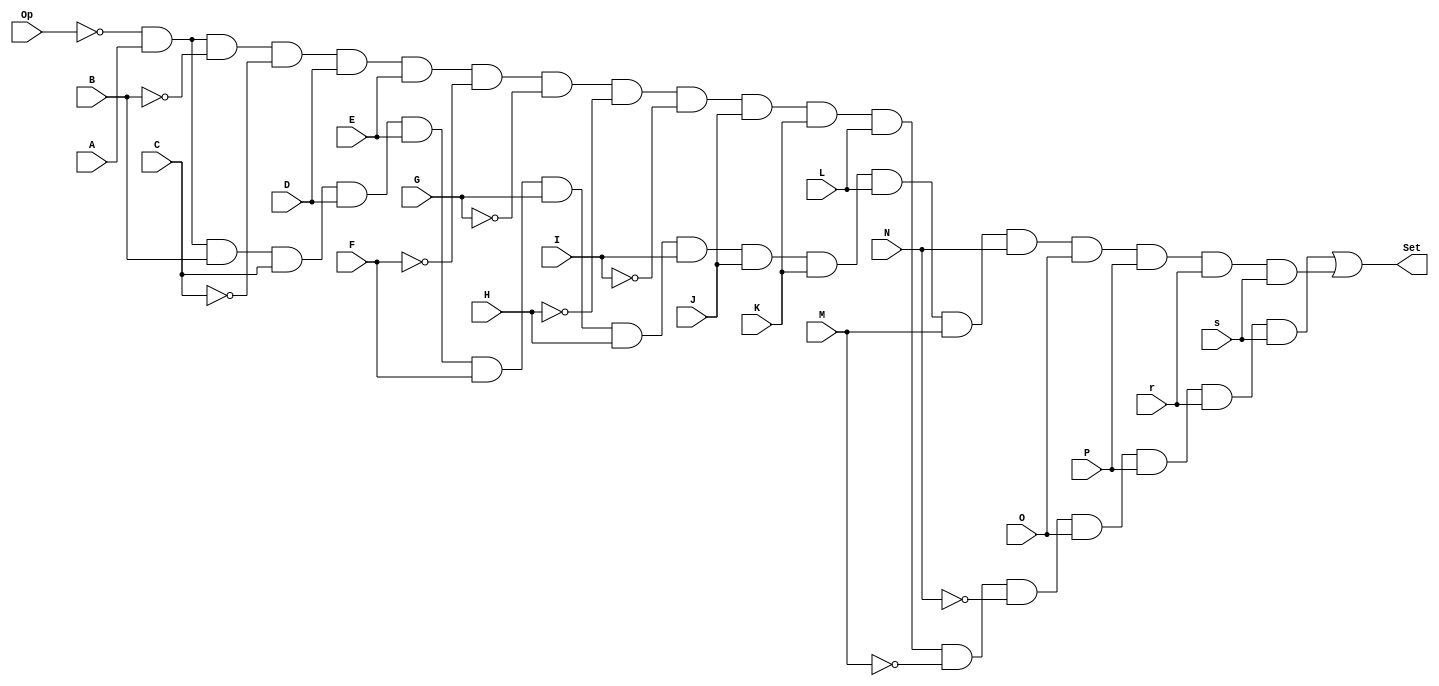
/*
 * Generated by Digital. Don't modify this file!
 * Any changes will be lost if this file is regenerated.
 */


module mundo3 (
  input Op,
  input A,
  input B,
  input C,
  input D,
  input E,
  input F,
  input G,
  input H,
  input I,
  input J,
  input K,
  input L,
  input M,
  input N,
  input O,
  input P,
  input r,
  input s,
  output Set
);
  assign Set = ((~ Op & A & ~B & ~C & D & E & ~F & ~G & ~H & ~I & J & K & L & ~M & ~N & O & P & r & s) | (~ Op & A & B & C & D & E & F & G & H & I & J & K & L & M & N & O & P & r & s));
endmodule